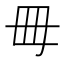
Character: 𣫬